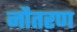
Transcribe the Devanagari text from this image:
नौतरण